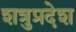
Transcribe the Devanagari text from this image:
शत्रुप्रदेश